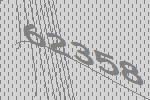
62358